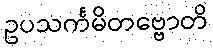
ဥပသင်္ကမိတဗ္ဗောတိ